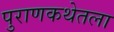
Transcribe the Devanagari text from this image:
पुराणकथेतला